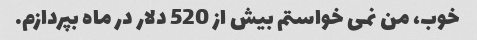
خوب، من نمی خواستم بیش از 520 دلار در ماه بپردازم.